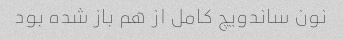
نون ساندویچ کامل از هم باز شده بود